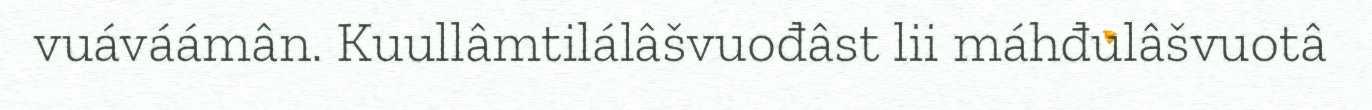
vuáváámân. Kuullâmtilálâšvuođâst lii máhđulâšvuotâ